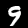
Digit: 9